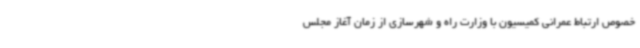
خصوص ارتباط عمرانی کمیسیون با وزارت راه و شهرسازی از زمان آغاز مجلس